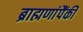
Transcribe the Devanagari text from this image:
ब्राह्मणांपैंकी